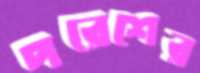
পরেশের